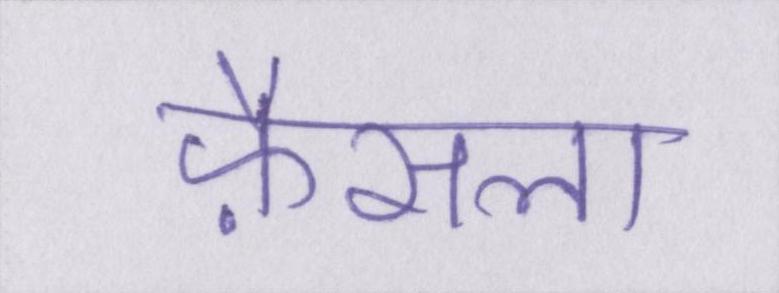
फ़ैसला